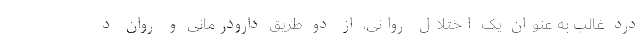
درد غالب به عنوان یک اختلال روانی، از دو طریق دارودرمانی و روان د